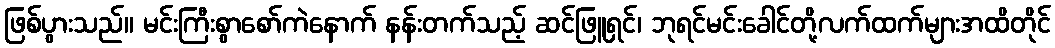
ဖြစ်ပွားသည်။ မင်းကြီးစွာစော်ကဲနောက် နန်းတက်သည့် ဆင်ဖြူရှင်၊ ဘုရင်မင်းခေါင်တို့လက်ထက်များအထိတိုင်